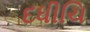
દધીચિ